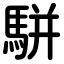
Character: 駢